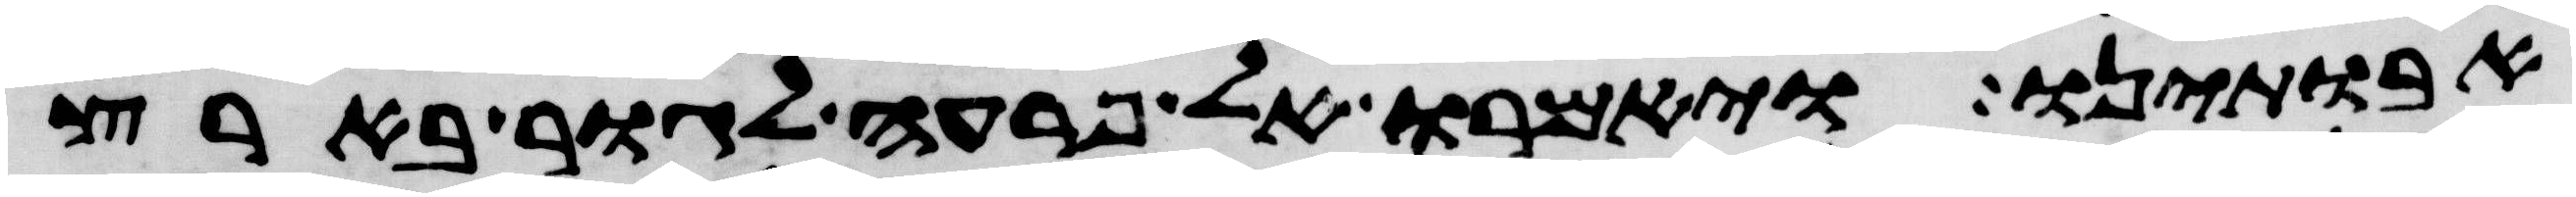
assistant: אבתינו ויאמרו אל פרעה לגור בארץ